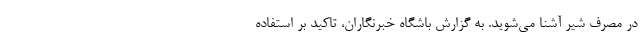
در مصرف شیر آشنا می‌شوید. به گزارش باشگاه خبرنگاران، تاکید بر استفاده